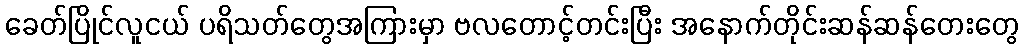
ခေတ်ပြိုင်လူငယ် ပရိသတ်တွေအကြားမှာ ဗလတောင့်တင်းပြီး အနောက်တိုင်းဆန်ဆန်တေးတွေ